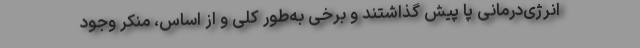
انرژی‌درمانی پا پیش گذاشتند و برخی به‌طور کلی و از اساس، ‌منکر وجود